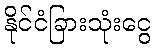
နိုင်ငံခြားသုံးငွေ